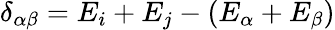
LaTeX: \delta_{\alpha\beta}=E_{i}+E_{j}-(E_{\alpha}+E_{\beta})